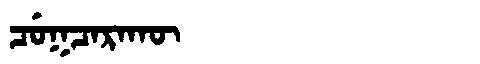
Manchu: ᠴᡠᡴᠴᠠᡵᠠᡴᡡ
Romanization: CUKCARAKŪ